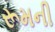
રૂમની